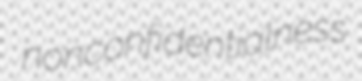
nonconfidentialness